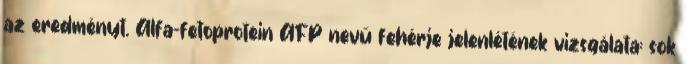
az eredményt. Alfa-fetoprotein AFP nevű fehérje jelenlétének vizsgálata: sok